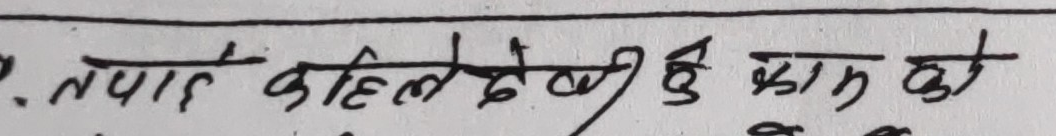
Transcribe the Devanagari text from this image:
तपाई कहिले देखी दुई काम को